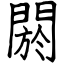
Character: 閼